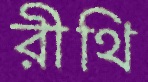
রীথি